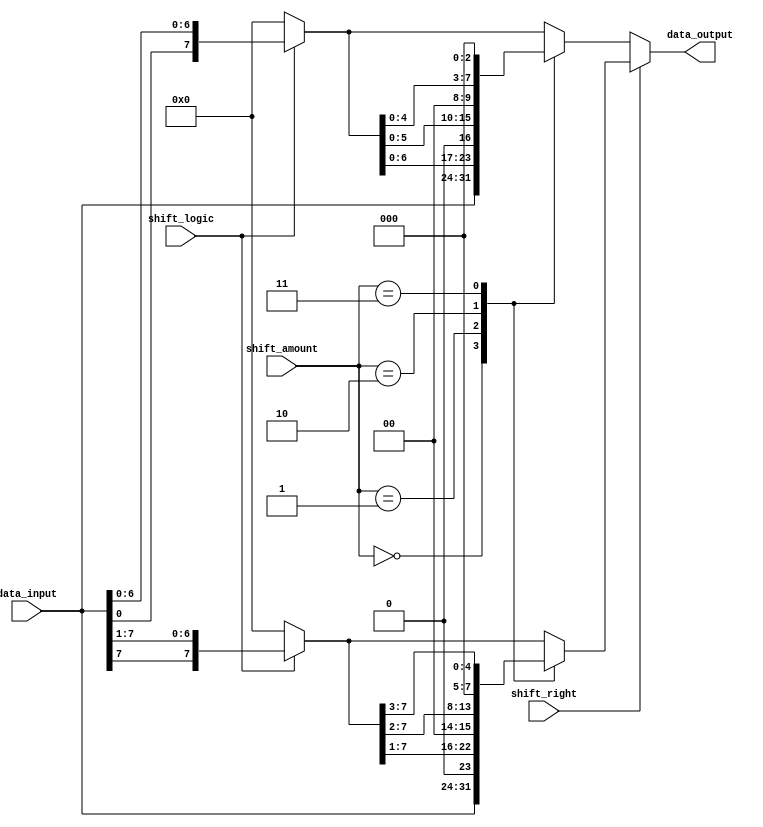
module barrel_shifter(
    input wire [7:0] data_input,
    input wire [2:0] shift_amount,
    input wire shift_right,
    input wire shift_logic, // 0 for logical shift, 1 for arithmetic shift
    output reg [7:0] data_output
);

wire [7:0] shifted_data;

always @(*)
begin
    if(shift_right)
    begin
        if(shift_logic == 1) // Arithmetic shift
            shifted_data = {data_input[7], data_input[7:1]};
        else // Logical shift
            shifted_data = {8{1'b0}};
        
        case(shift_amount)
            3'd0: shifted_data = data_input;
            3'd1: shifted_data = shifted_data >> 1;
            3'd2: shifted_data = shifted_data >> 2;
            3'd3: shifted_data = shifted_data >> 3;
        endcase
    end
    else
    begin
        if(shift_logic == 1) // Arithmetic shift
            shifted_data = {data_input[0], data_input[0:6]};
        else // Logical shift
            shifted_data = {8{1'b0}};
        
        case(shift_amount)
            3'd0: shifted_data = data_input;
            3'd1: shifted_data = shifted_data << 1;
            3'd2: shifted_data = shifted_data << 2;
            3'd3: shifted_data = shifted_data << 3;
        endcase
    end
    
    data_output = shifted_data;
end

endmodule